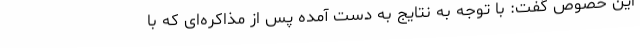
این خصوص گفت: با توجه به نتایج به دست آمده پس از مذاکره‌ای که با